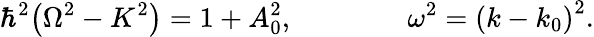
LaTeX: \hbar^{2}{\left(\Omega^{2}-K^{2}\right)}=1+A_{0}^{2},\qquad\qquad\omega^{2}={\left(k-k_{0}\right)}^{2}.